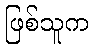
ဖြစ်သူက